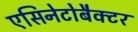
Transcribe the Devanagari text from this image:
एसिनेटोबैक्टर